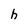
Character: h